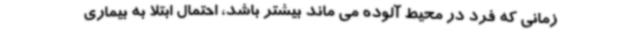
زمانی که فرد در محیط آلوده می ماند بیشتر باشد، احتمال ابتلا به بیماری